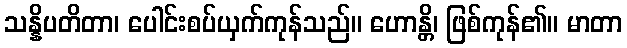
သန္နိပတိတာ၊ ပေါင်းစပ်ယှက်ကုန်သည်။ ဟောန္တိ၊ ဖြစ်ကုန်၏။ မာတာ